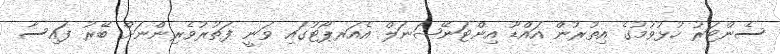
ސެންޓަރު ހުޅުވުމުގެ އިތުރުން އައްޑޫ އިންޓަނޭޝަނަލް އެއަރޕޯޓުގައި ވަނީ ފަތުރުވެރިންނަށް ބޭރު ފައިސާ